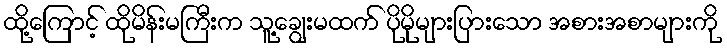
ထို့ကြောင့် ထိုမိန်းမကြီးက သူ့ချွေးမထက် ပိုမိုများပြားသော အစားအစာများကို